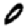
Digit: 0